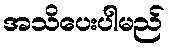
အသိပေးပါမည်